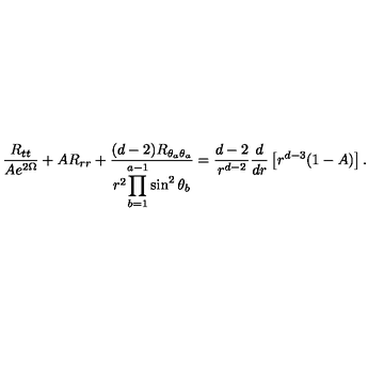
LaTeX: \frac { R _ { t t } } { A e ^ { 2 \Omega } } + A R _ { r r } + \frac { ( d - 2 ) R _ { \theta _ { a } \theta _ { a } } } { r ^ { 2 } \displaystyle { \prod _ { b = 1 } ^ { a - 1 } \sin ^ { 2 } \theta _ { b } } } = \frac { d - 2 } { r ^ { d - 2 } } \frac { d } { d r } \left[ r ^ { d - 3 } ( 1 - A ) \right] .